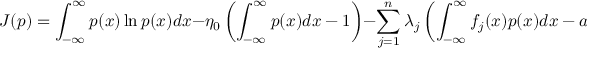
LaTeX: J ( p ) = \int _ { - \infty } ^ { \infty } p ( x ) \ln { p ( x ) } d x - \eta _ { 0 } \left( \int _ { - \infty } ^ { \infty } p ( x ) d x - 1 \right) - \sum _ { j = 1 } ^ { n } \lambda _ { j } \left( \int _ { - \infty } ^ { \infty } f _ { j } ( x ) p ( x ) d x - a _ { j } \right)